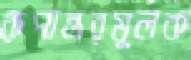
রূপান্তরমূলক